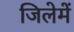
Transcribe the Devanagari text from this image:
जिलेमें